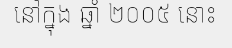
នៅក្នុង ឆ្នាំ ២០០៥ នោះ